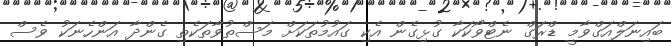
ބައިނަލްއަގްވާމީ ޑްރަގް ނެޓްވޯކަކާ ގުޅިގެން އެކި ގައުމުތަކަށް މަސްތުވާތަކެތި ގެންދާ އަންހެނަކު ވެސް